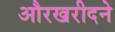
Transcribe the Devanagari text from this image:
औरखरीदने